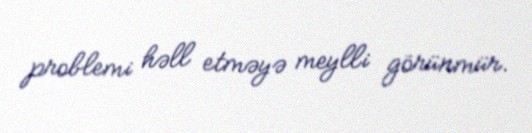
problemi həll etməyə meylli görünmür.